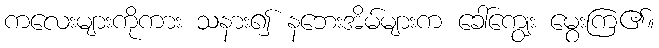
ကလေးများကိုကား သနား၍ နဘေးအိမ်များက ခေါ်ကျွေး မွေးကြ၏။